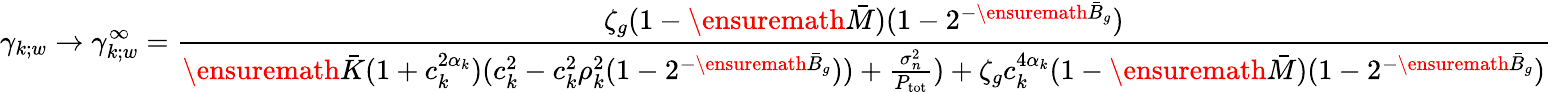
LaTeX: \gamma_{k;w}\to\gamma_{k;w}^{\infty}=\frac{\zeta_{g}(1-\ensuremath{\bar{M}})(1-2^{-\ensuremath{\bar{B}}_{g}})}{\ensuremath{\bar{K}}(1+c_{k}^{2\alpha_{k}})(c_{k}^{2}-c_{k}^{2}\rho_{k}^{2}(1-2^{-\ensuremath{\bar{B}}_{g}}))+\frac{\sigma_{n}^{2}}{P_{\mathrm{tot}}})+\zeta_{g}c_{k}^{4\alpha_{k}}(1-\ensuremath{\bar{M}})(1-2^{-\ensuremath{\bar{B}}_{g}})}